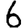
Digit: 6